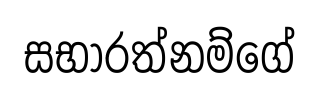
සභාරත්නම්ගේ